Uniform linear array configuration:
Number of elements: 8
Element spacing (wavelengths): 1
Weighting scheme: uniform
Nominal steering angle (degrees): -30
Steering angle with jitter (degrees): -28.614
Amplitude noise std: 0.05
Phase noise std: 0.05

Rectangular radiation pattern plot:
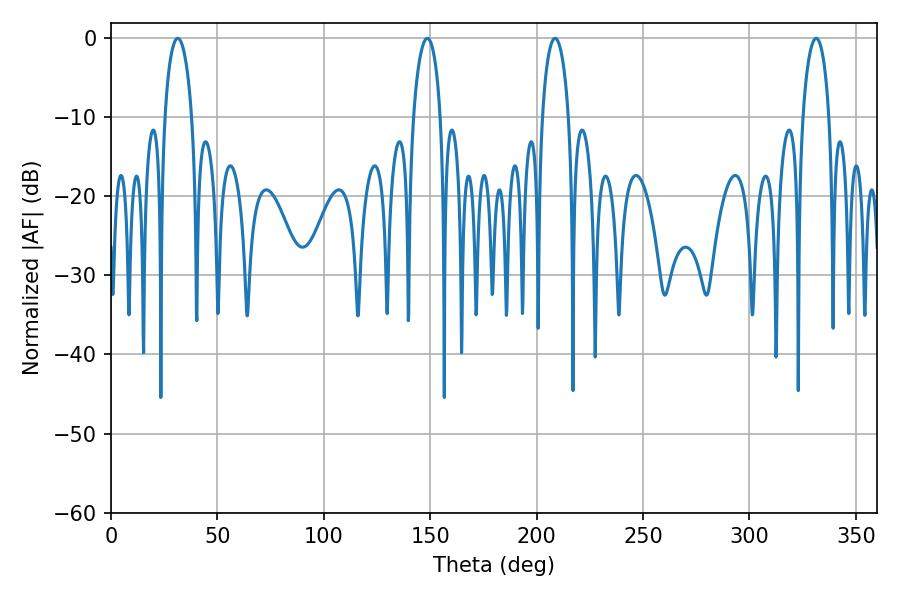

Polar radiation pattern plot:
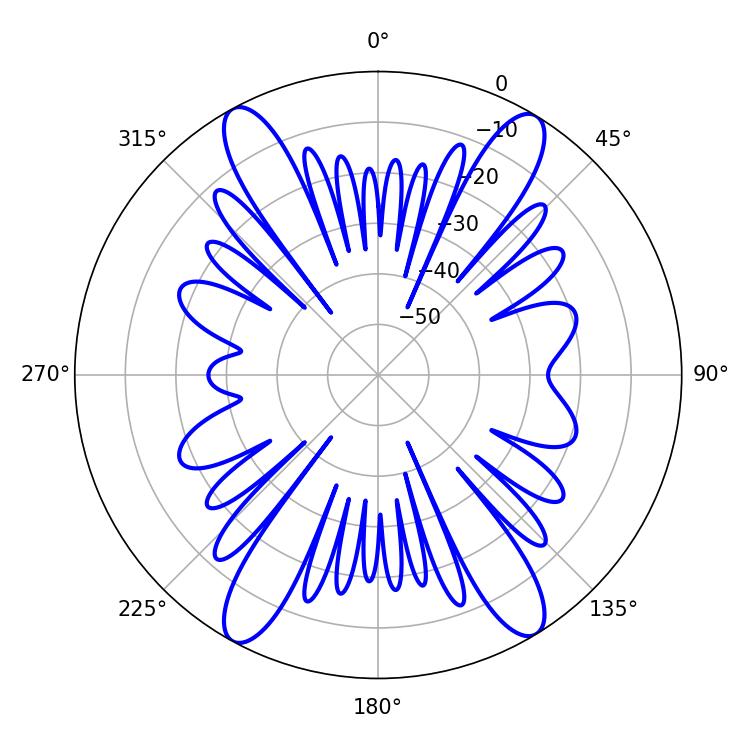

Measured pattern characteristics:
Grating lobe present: TRUE
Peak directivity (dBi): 21.262
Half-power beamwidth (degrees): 7.02
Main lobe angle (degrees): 208.62